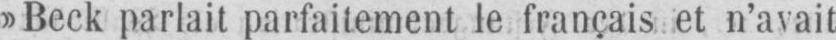
»Beck parlait parfaitement le français et n’avait